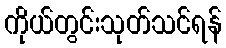
ကိုယ်တွင်းသုတ်သင်ရန်